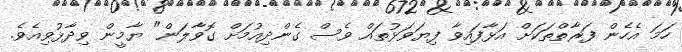
ހަމަ އެހެން ފަރާތްތަކަށް އަޅާފައިވާ ފިޔަވަޅުތައް ވެސް ގެންދިއުމަށް ގޮވާލަން" ޔާމީން ވިދާޅުވިއެވެ.